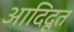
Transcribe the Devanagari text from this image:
आदिदूत